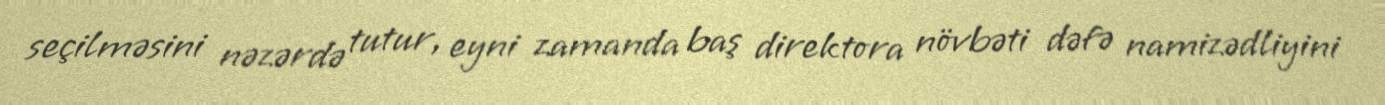
seçilməsini nəzərdə tutur, eyni zamanda baş direktora növbəti dəfə namizədliyini